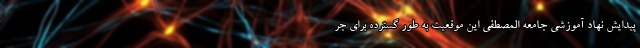
پیدایش نهاد آموزشی جامعه المصطفی این موقعیت به طور گسترده برای جر